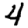
Digit: 4